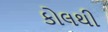
કોલથી